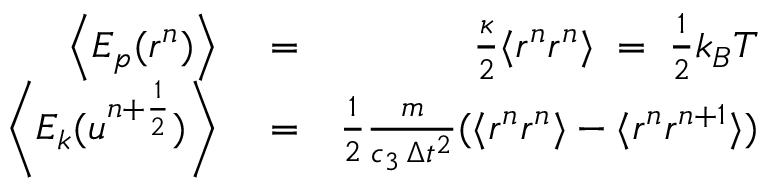
\begin{array} { r l r } { \left\langle E _ { p } ( r ^ { n } ) \right\rangle } & { { } = } & { \frac { \kappa } { 2 } \langle r ^ { n } r ^ { n } \rangle \; = \; \frac { 1 } { 2 } k _ { B } T } \\ { \left\langle E _ { k } ( u ^ { n + \frac { 1 } { 2 } } ) \right\rangle } & { { } = } & { \frac { 1 } { 2 } \frac { m } { c _ { 3 } \, \Delta { t } ^ { 2 } } ( \langle r ^ { n } r ^ { n } \rangle - \langle r ^ { n } r ^ { n + 1 } \rangle ) } \end{array}